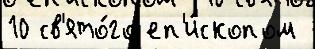
10 св'ято́го еп'и́скопом